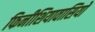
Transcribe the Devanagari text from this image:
फिनीशियावासियों